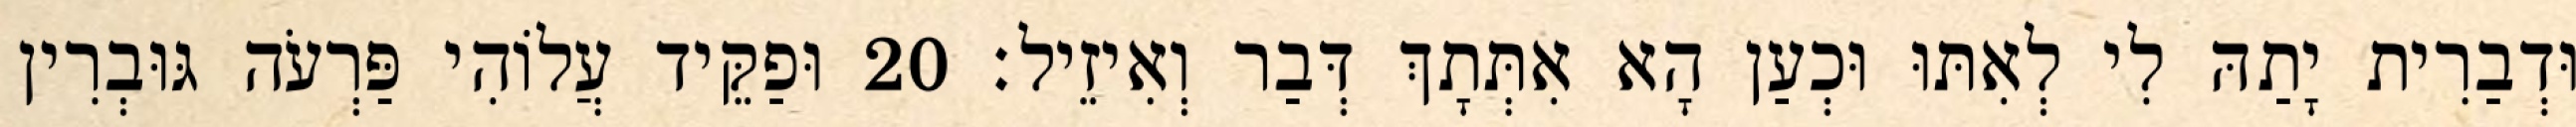
וּדְבַרִית יָתַהּ לִי לְאִתּוּ וּכְעַן הָא אִתְּתָךְ דְּבַר וְאִיזֵיל׃ 20 וּפַקֵּיד עֲלוֹהִי פַּרְעֹה גּוּבְרִין